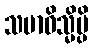
သမာဓိသ္မိမ္ပိ